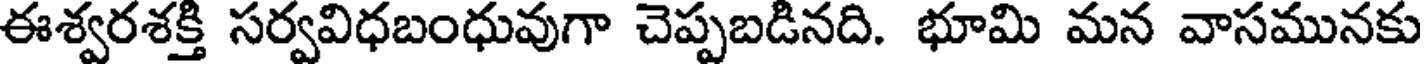
ఈశ్వరశక్తి సర్వవిధబంధువుగా చెప్పబడినది. భూమి మన వాసమునకు